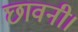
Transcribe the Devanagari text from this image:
छावनी।